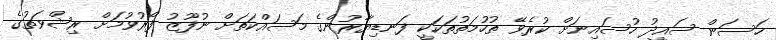
ހަސަން ސައީދު ހުސައިނަށް ކުރެވޭ ތުހުމަތުތަކަކީ ފަނޑިޔާރުންގެ މަސައްކަތަށް ނުފޫޒު ފޯރުވުމަށް ރިޝްވަތުގެ